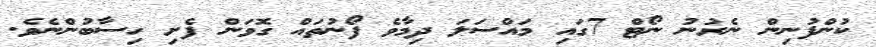
ކުންފުނިން ނެރުނު ނޯޓް 7ގައި މައްސަލަ ދިމާވެ ފޯނުތައް ގޮވަން ފެށި ހިސާބުންނެވެ.